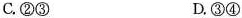
C.②③ D.③④